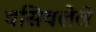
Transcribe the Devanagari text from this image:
वसिवलेले